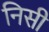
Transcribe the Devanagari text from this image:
निसी